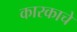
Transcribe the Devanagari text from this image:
कारकाचे